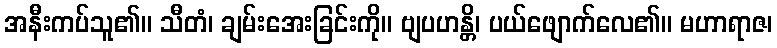
အနီးကပ်သူ၏။ သီတံ၊ ချမ်းအေးခြင်းကို။ ဗျပဟန္တိ၊ ပယ်ဖျောက်လေ၏။ မဟာရာဇ၊